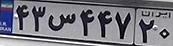
۴۳س۴۴۷۲۰